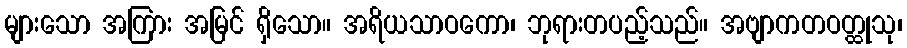
များသော အကြား အမြင် ရှိသော။ အရိယသာဝကော၊ ဘုရားတပည့်သည်။ အဗျာကတဝတ္ထုသု၊